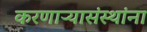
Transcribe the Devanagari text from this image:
करणाऱ्यासंस्थांना